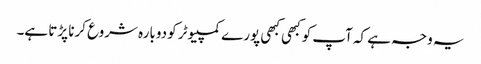
یہ وجہ ہے کہ آپ کو کبھی کبھی پورے کمپیوٹر کو دوبارہ شروع کرنا پڑتا ہے۔